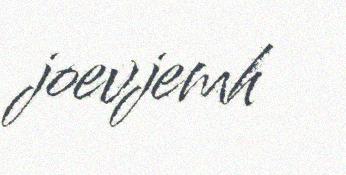
joevjemh